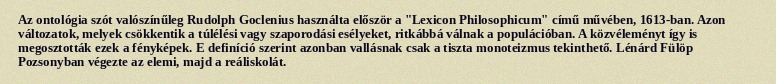
Az ontológia szót valószínűleg Rudolph Goclenius használta először a "Lexicon Philosophicum" című művében, 1613-ban. Azon változatok, melyek csökkentik a túlélési vagy szaporodási esélyeket, ritkábbá válnak a populációban. A közvéleményt így is megosztották ezek a fényképek. E definíció szerint azonban vallásnak csak a tiszta monoteizmus tekinthető. Lénárd Fülöp Pozsonyban végezte az elemi, majd a reáliskolát.